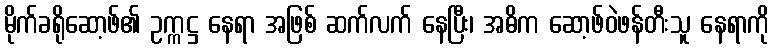
မိုက်ခရိုဆော့ဖ်၏ ဥက္ကဋ္ဌ နေရာ အဖြစ် ဆက်လက် နေပြီး၊ အဓိက ဆော့ဖ်ဝဲဖန်တီးသူ နေရာကို